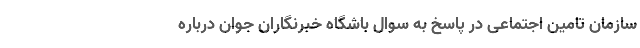
سازمان تامین اجتماعی در پاسخ به سوال باشگاه خبرنگاران جوان درباره